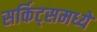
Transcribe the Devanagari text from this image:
सर्किट्समध्ये